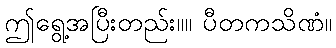
ဤရွေ့အပြီးတည်း။။ ပီတကသိဏံ။